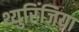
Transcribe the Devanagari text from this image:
थ्युरिंजिया